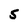
Character: S